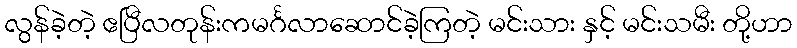
လွန်ခဲ့တဲ့ ဧပြီလတုန်းကမင်္ဂလာဆောင်ခဲ့ကြတဲ့ မင်းသား နှင့် မင်းသမီး တို့ဟာ